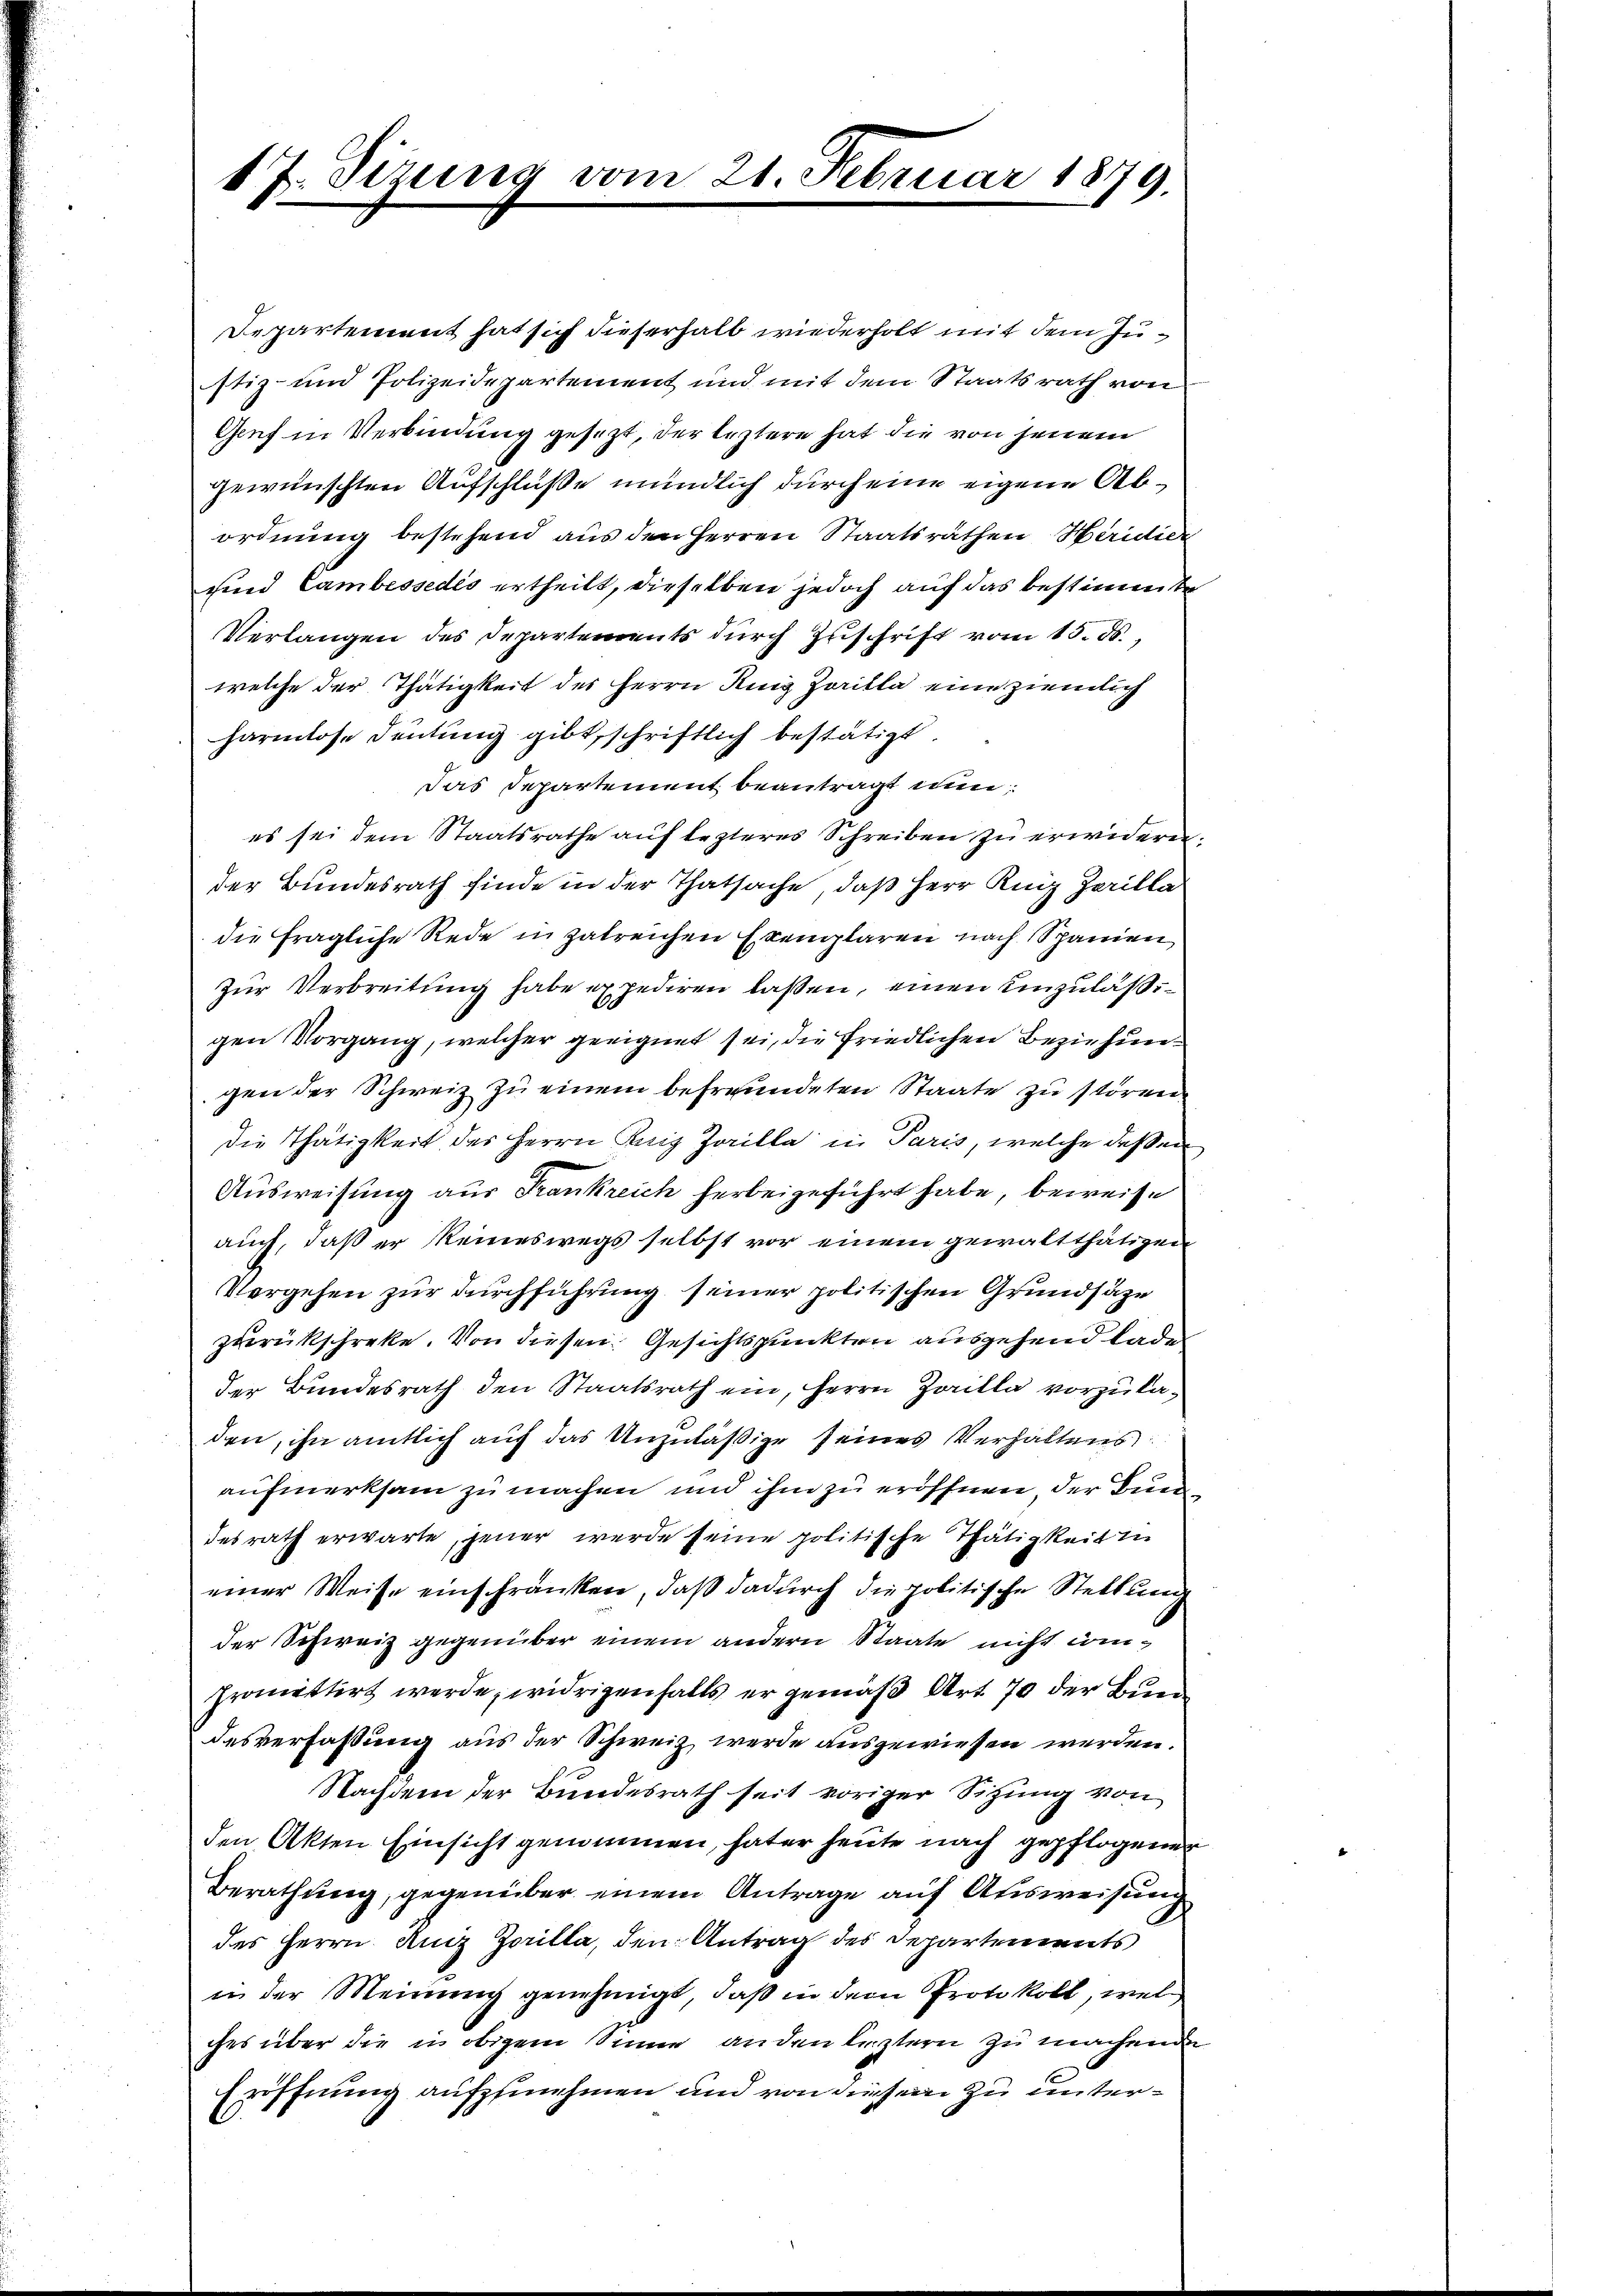
17. Sizung vom 21. Februar 1879.

Departement hat sich dieserhalb wiederholt mit dem Justiz- und Polizeidepartement und mit dem Staatsrath von
Genf in Verbindung gesezt, der leztere hat die von jenem
gewünschten Aufschluße mündlich durch eine eigene Abordnung bestehend aus den Herren Staatsräthen Heridier
und Cambessedis ertheilt, dieselben jedoch auf das bestimmte
Verlangen des Departements dŭrch Zŭschrift vom 15. ds.,
welche der Thätigkeit des Herrn Ruig Zorilla eine ziemlich
harmlose Deutung gibt, schriftlich bestätigt.
Das Departement beantragt nunes sei dem Staatsrathe auf lezteres Schreiben zu erwidern.
der Bundesrath finde in der Thatsache, daß Herr Reiz Zarilla
die fragliche Rede in zalreichen Exemplaren nach Spanien,
Zŭr Verbreitung habe expediren lassen, einen einzuläßigen Vorgang, welcher geeignet sei, die friedlichen Beziehungen der Schweiz zu einem befreundeten Staate zu stören.
die Thätigkeit des Herrn Knig Zarilla in Paris, welche deßen
Ausweisung aus Frankreich herbeigeführt habe, beweise
auch, daß er keineswegs selbst vor einem gewaltthätigen
Vergehen zur Durchführung seiner politischen Grundsäze
zurückschreke. Von diesen Gesichtspunkten ausgehend lade
der Bundesrath den Staatsrath ein, Herrn Zailla vorzuladen, ihn amtlich auf das Unzuläßige seines Verhaltens
aufmerksam zu machen und ihm zu eröffnen, der Bun
desrath erwarte, jener werde seine politische Thätigkeit in
einer Weise einschränken, daß dadurch die politische Stellung
der Schweiz gegenüber einem andern Staate nicht compromittirt werde, widrigenfalls er gemäß Art 70 der Bundesverfaßung aus der Schweiz werde ausgewiesen werden.
Nachdem der Bundesrath seit voriger Sitzung von
den Akten Einsicht genommen, hater heute nach gepflogenen
Berathung, gegenüber einem Antrage auf Ausweisung
des Herrn Aniz Zorilla, den Antrag des Departements
in der Meinung genehmigt, daß in dem Protokoll, wel
ches über die in obigem Sinne anden leztern zu machende
röffnung aufzunehmen und von diesem zu unter¬